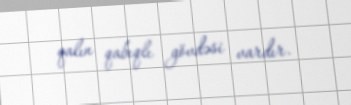
qalın qabıqlı gövdəsi vardır.